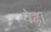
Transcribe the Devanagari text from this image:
पेढ़ी